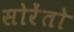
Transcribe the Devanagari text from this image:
सोरेंतो